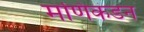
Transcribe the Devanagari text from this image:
मणिकंडन